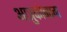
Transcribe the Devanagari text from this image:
आत्रुकोनाम